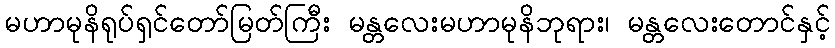
မဟာမုနိရုပ်ရှင်တော်မြတ်ကြီး မန္တလေးမဟာမုနိဘုရား၊ မန္တလေးတောင်နှင့်